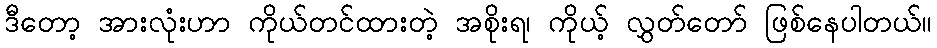
ဒီတော့ အားလုံးဟာ ကိုယ်တင်ထားတဲ့ အစိုးရ၊ ကိုယ့် လွှတ်တော် ဖြစ်နေပါတယ်။